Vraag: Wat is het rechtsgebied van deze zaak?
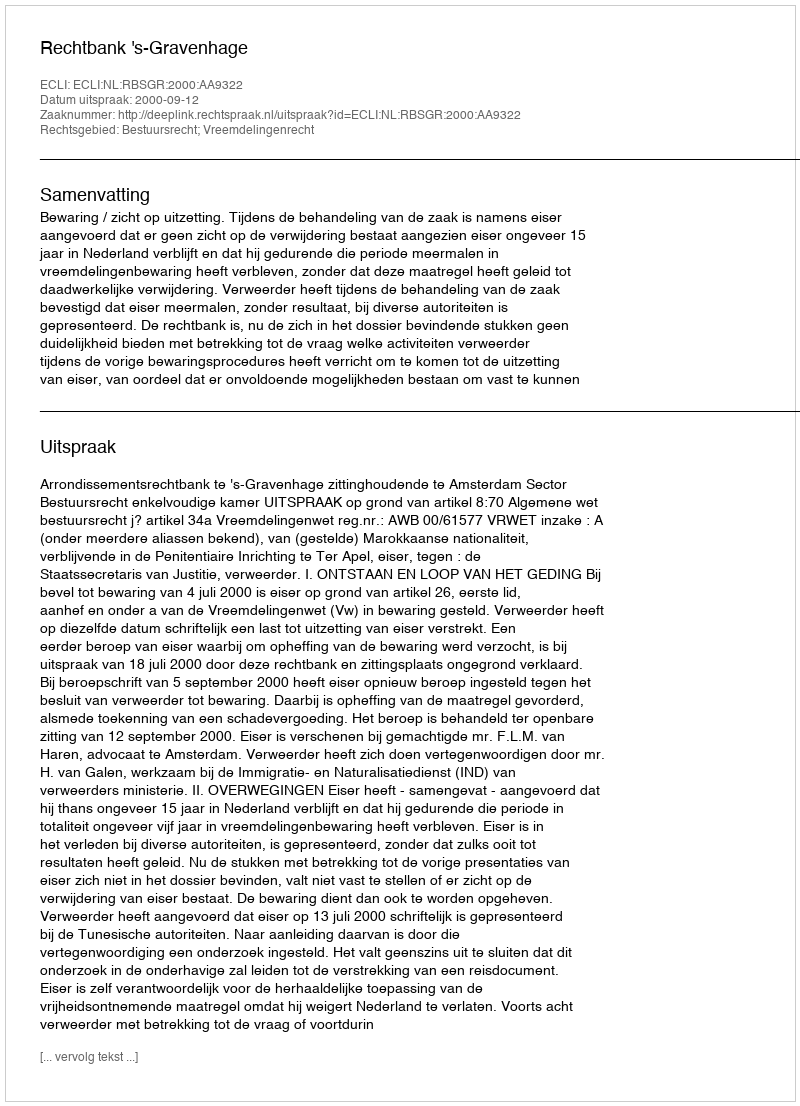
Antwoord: Bestuursrecht; Vreemdelingenrecht